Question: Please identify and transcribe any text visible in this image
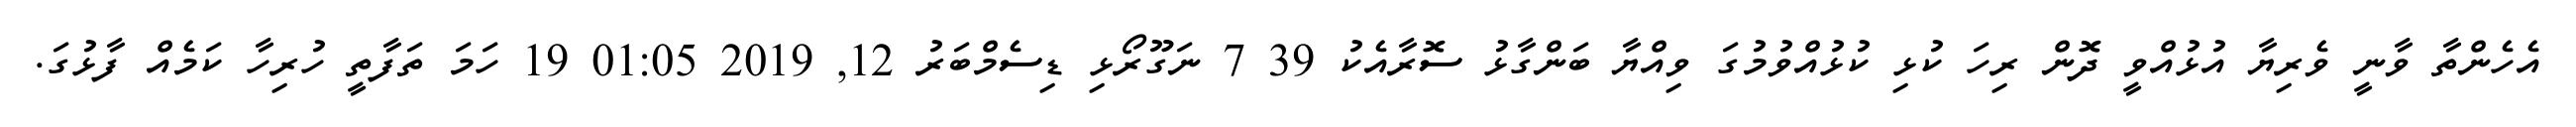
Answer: އެހެންތާ ވާނީ ވެރިޔާ އުޅުއްވީ ދޮން ރިހަ ކުޅި ކުޅުއްވުމުގަ ވިއްޔާ ބަންގާޅު ސޮރާއެކު 39 7 ނަގޫރޯޅި ޑިސެމްބަރު 12, 2019 01:05 19 ހަމަ ތަފާތީ ހުރިހާ ކަމެއް ފާޅުގަ.